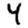
Digit: 4